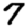
Digit: 7